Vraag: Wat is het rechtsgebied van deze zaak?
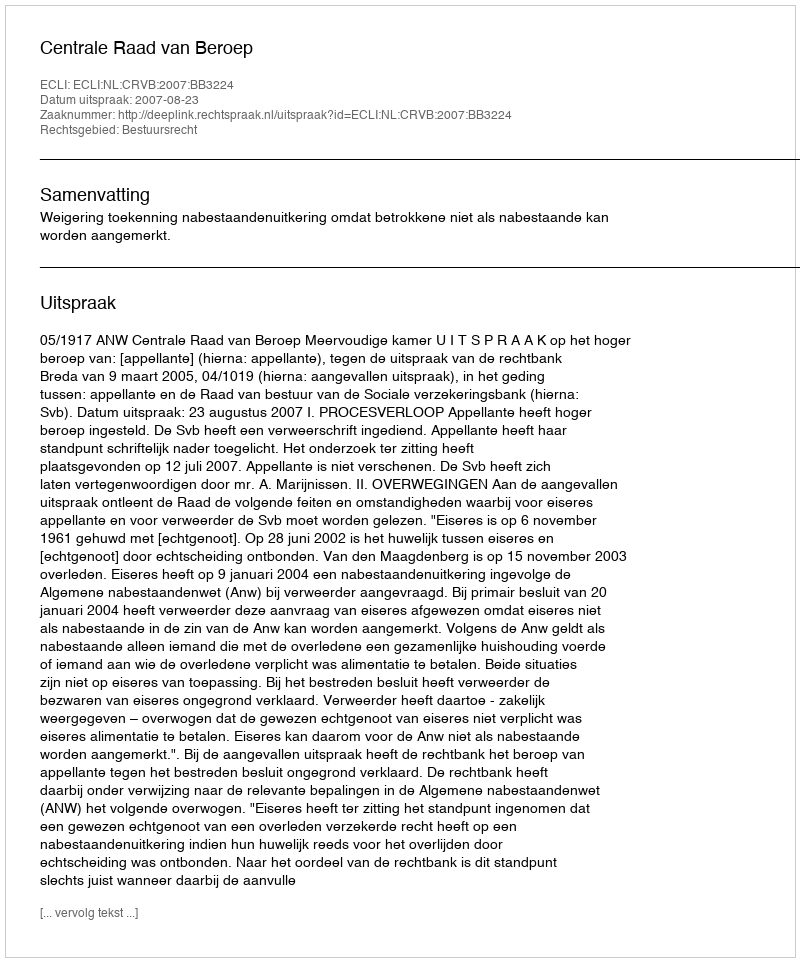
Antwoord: Bestuursrecht